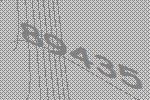
89435